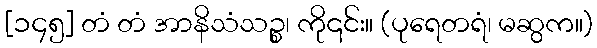
[၁၄၅] တံ တံ အာနိသံသဉ္စ၊ ကို၎င်း။ (ပုရေတရံ၊ မဆွက။)